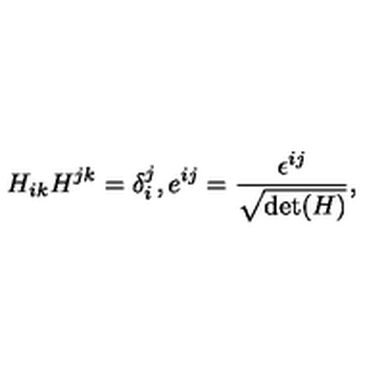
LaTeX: H _ { i k } H ^ { j k } = \delta _ { i } ^ { j } , e ^ { i j } = \frac { \epsilon ^ { i j } } { \sqrt { \mathrm { d e t } ( H ) } } ,